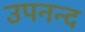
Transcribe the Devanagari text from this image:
उपनन्द